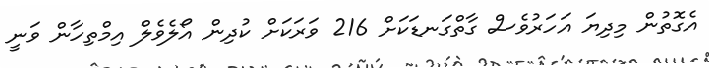
އެގޮތުން މިދިޔަ އަހަރުވެސް ގާތްގަނޑަކަށް 216 ވަރަކަށް ކުދިން އޯލެވެލް އިމްތިހާން ވަނީ